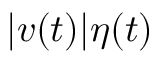
| { \boldsymbol { v } } ( t ) | { \boldsymbol { \eta } } ( t )